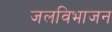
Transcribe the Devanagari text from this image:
जलविभाजन